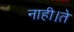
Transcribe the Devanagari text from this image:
नाही।ते